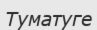
Туматуге